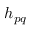
h _ { p q }